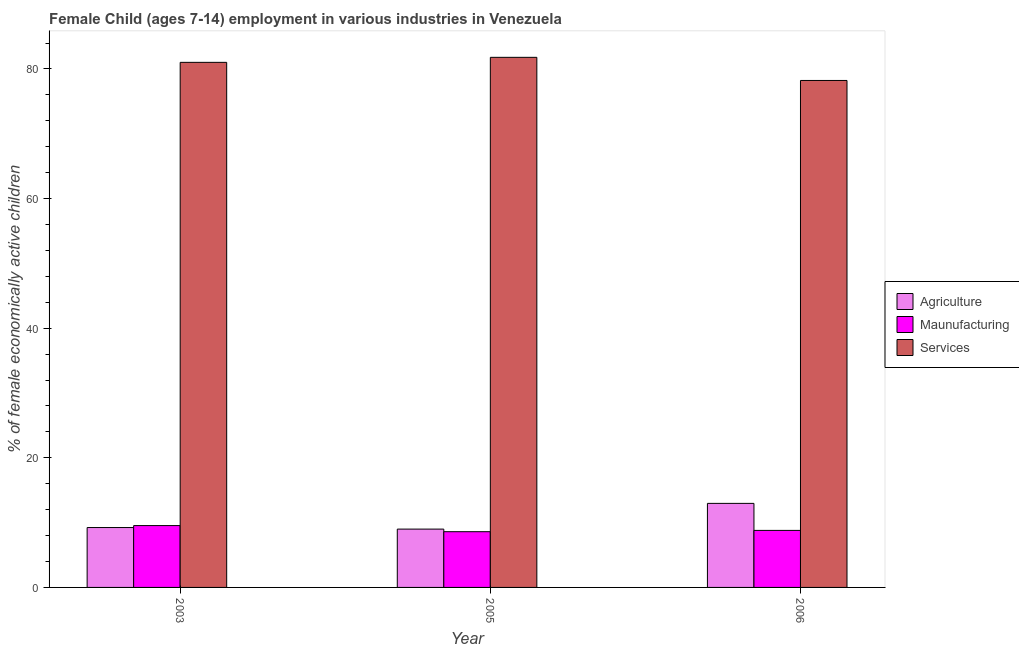
| Year | Agriculture | Maunufacturing | Services |
 | --- | --- | --- | --- |
 | 2003 | 9.24 | 9.54 | 81 |
 | 2005 | 9 | 8.6 | 81.8 |
 | 2006 | 13 | 8.8 | 78.2 |